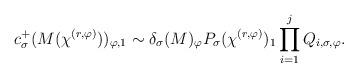
LaTeX: \begin{align*} c_{\sigma}^{+}(M(\chi^{(r,\varphi)}))_{\varphi,1}\sim\delta_{\sigma}(M)_{\varphi}P_{\sigma}(\chi^{(r,\varphi)})_{1}\prod_{i=1}^{j}Q_{i,\sigma,\varphi}.\end{align*}